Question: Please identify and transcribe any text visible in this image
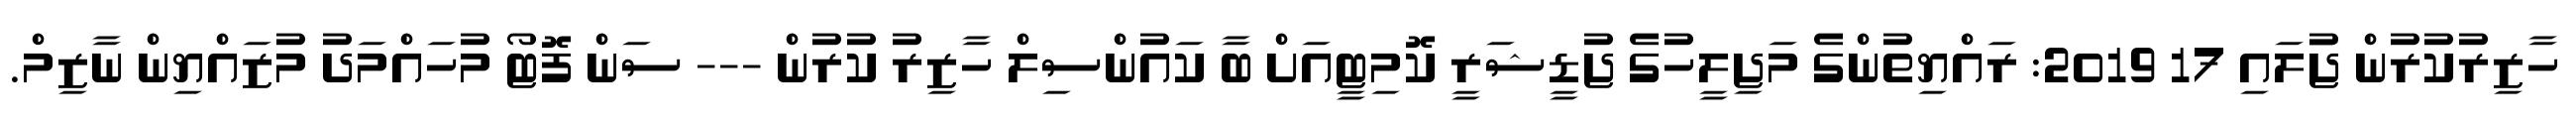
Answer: ހާޒިރުކުރުން ޖުަލައި 17 2019: ރައްޔިތުންގެ މަޖިލީހުގެ ޖުޑީޝަރީ ކޮމިޓީއަށް ބާ ކައުންސިލް ހާޒިރު ކުރުން --- ސަން ފޮޓޯ މުހައްމަދު މުޒައްޔިން ނާޒިމް.